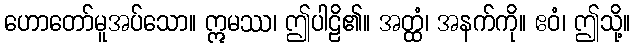
ဟောတော်မူအပ်သော။ ဣမဿ၊ ဤပါဠိ၏။ အတ္ထံ၊ အနက်ကို။ ဧဝံ၊ ဤသို့။